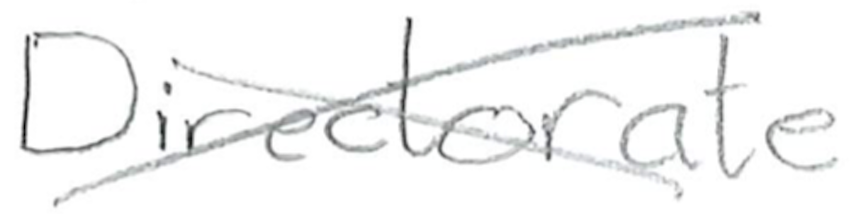
Text: Directorate
Cross-out: cross
Writing tool: pencil